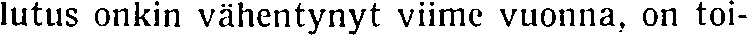
lutus onkin vähentynyt viime vuonna, on toi-